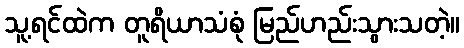
သူ့ရင်ထဲက တူရိယာသံစုံ မြည်ဟည်းသွားသတဲ့။